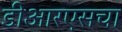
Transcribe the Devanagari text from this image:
डीआरएसचा